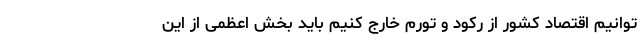
توانیم اقتصاد کشور از رکود و تورم خارج کنیم باید بخش اعظمی از این